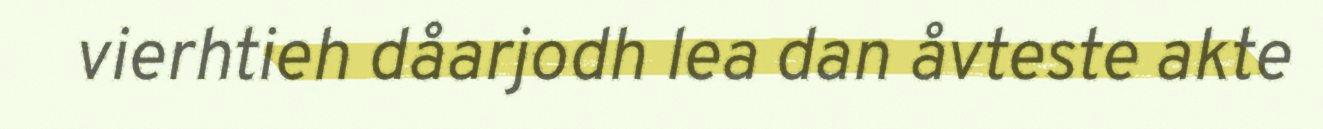
vierhtieh dåarjodh lea dan åvteste akte